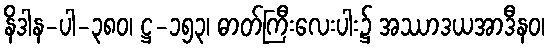
နိဒါန-ပါ-၃၈၀၊ ဋ္ဌ-၁၅၃၊ ဓာတ်ကြီးလေးပါး၌ အဿာဒယအာဒီနဝ၊